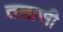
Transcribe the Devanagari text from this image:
तलासी